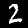
Digit: 2